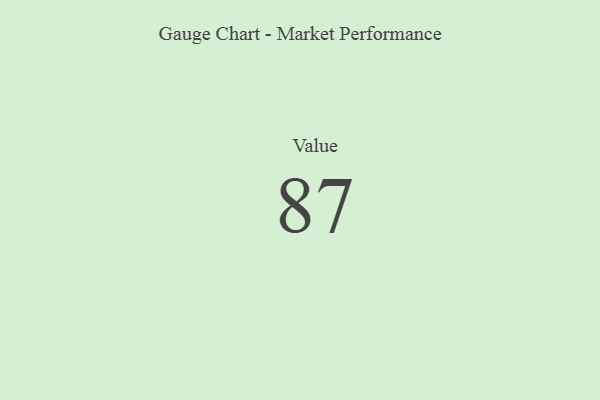
{"axis": {"x": "Metric", "y": "Value"}, "legend": [""], "data": [{"x": "Value", "y": 87, "type": ""}]}